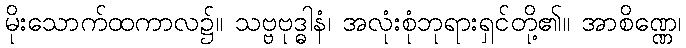
မိုးသောက်ထကာလ၌။ သဗ္ဗဗုဒ္ဓါနံ၊ အလုံးစုံဘုရားရှင်တို့၏။ အာစိဏ္ဏေ၊